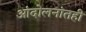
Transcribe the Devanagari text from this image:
आंदोलनांतही